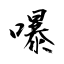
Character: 嚗